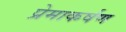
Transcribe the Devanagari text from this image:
प्रेमाकर्षण